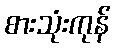
စားသုံးကုန်